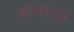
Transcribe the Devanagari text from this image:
भोगेच्छा